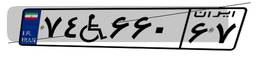
۷۴W۶۶۰۶۷